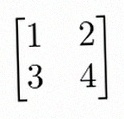
\begin{bmatrix}1&2\\3&4\end{bmatrix}